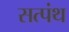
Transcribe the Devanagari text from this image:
सत्पंथ